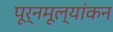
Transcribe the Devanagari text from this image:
पूर्नमूल्यांकन